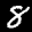
Label: 8